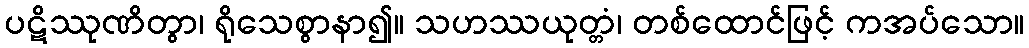
ပဋိဿုဏိတွာ၊ ရိုသေစွာနာ၍။ သဟဿယုတ္တံ၊ တစ်ထောင်ဖြင့် ကအပ်သော။